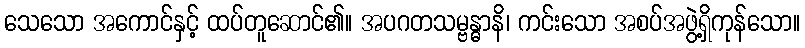
သေသော အကောင်နှင့် ထပ်တူဆောင်၏။ အပဂတသမ္ဗန္ဓာနိ၊ ကင်းသော အစပ်အဖွဲ့ရှိကုန်သော။